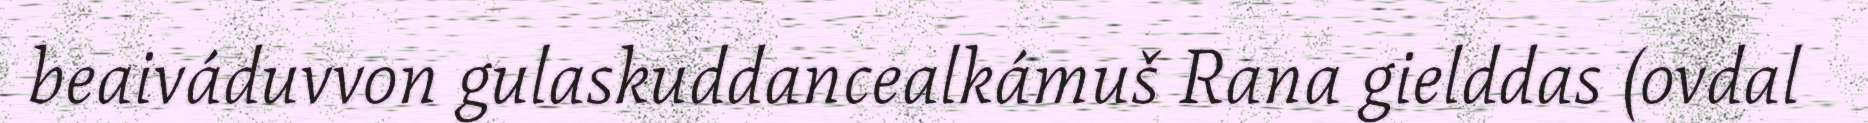
beaiváduvvon gulaskuddancealkámuš Rana gielddas (ovdal